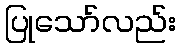
ပြုသော်လည်း